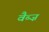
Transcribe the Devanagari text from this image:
वैब्ज़